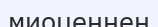
миоценнен